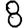
Digit: 8